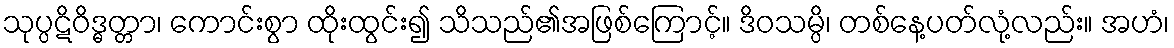
သုပ္ပဋိဝိဒ္ဓတ္တာ၊ ကောင်းစွာ ထိုးထွင်း၍ သိသည်၏အဖြစ်ကြောင့်။ ဒိဝသမ္ပိ၊ တစ်နေ့ပတ်လုံ့လည်း။ အဟံ၊